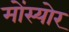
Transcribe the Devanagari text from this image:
मोंस्योर